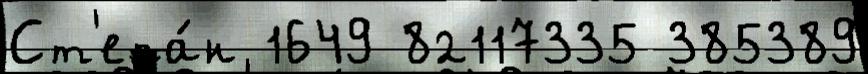
Ст'епа́н 1649 82117335 385389